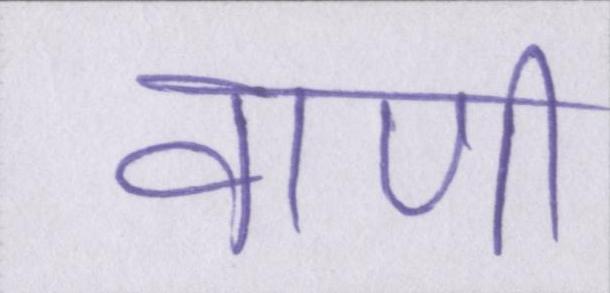
वाणी